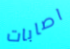
اصابات